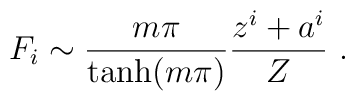
F_i \sim \frac{m\pi}{\tanh(m\pi)} \frac{z^i+a^i}{Z}\ .